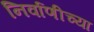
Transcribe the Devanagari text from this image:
निर्वाणीच्या